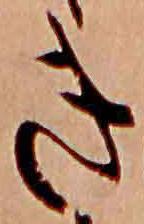
き